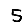
Digit: 5